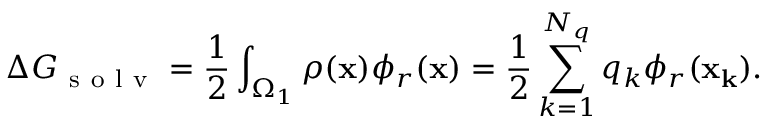
\Delta G _ { \mathrm { ~ s ~ o ~ l ~ v ~ } } = \frac { 1 } { 2 } \int _ { \Omega _ { 1 } } \rho ( \mathbf { x } ) \phi _ { r } ( \mathbf { x } ) = \frac { 1 } { 2 } \sum _ { k = 1 } ^ { N _ { q } } q _ { k } \phi _ { r } ( \mathbf { x _ { k } } ) .